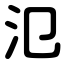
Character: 氾